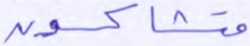
متشاكسون